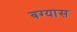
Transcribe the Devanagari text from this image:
बग्यास